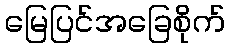
မြေပြင်အခြေစိုက်